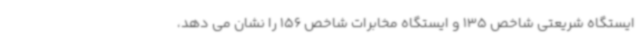
ایستگاه شریعتی شاخص 135 و ایستگاه مخابرات شاخص 156 را نشان می دهد،